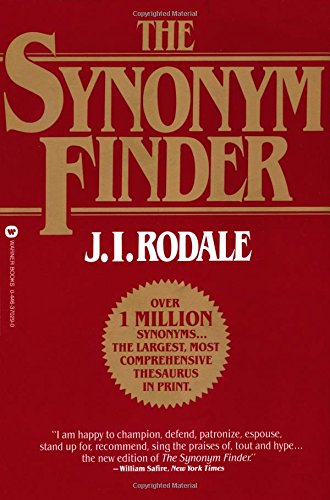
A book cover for The Synonym Finder; J.I. Rodale; Reference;